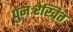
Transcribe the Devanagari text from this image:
पुनःरेखित